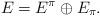
\begin{align*}E=E^\pi \oplus E_\pi.\end{align*}